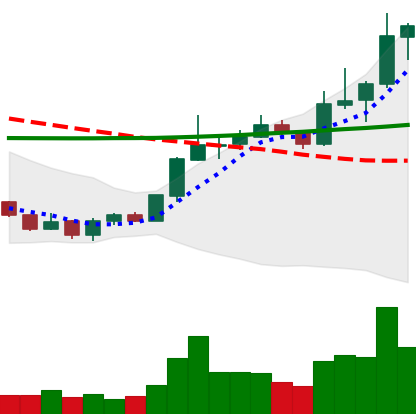
Ticker: LINK-USD
Chart end date: 2020-01-18
Forward return: -11.247%
Label: down_7plus